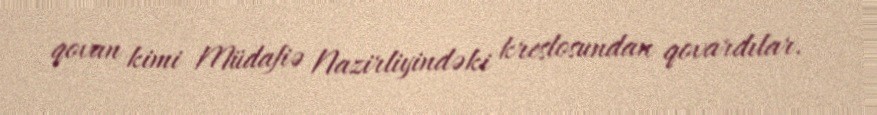
qovan kimi Müdafiə Nazirliyindəki kreslosundan qovardılar.